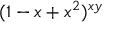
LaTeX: ( 1 - x + x ^ { 2 } ) ^ { x y }